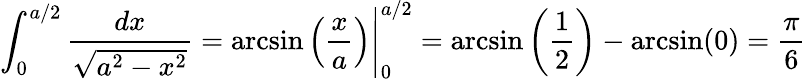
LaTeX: \int_{0}^{a/2}{\frac{dx}{\sqrt{a^{2}-x^{2}}}}=\arcsin\left({\frac{x}{a}}\right){\Biggl|}_{0}^{a/2}=\arcsin\left({\frac{1}{2}}\right)-\arcsin(0)={\frac{\pi}{6}}